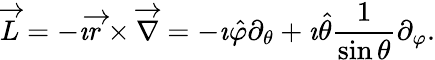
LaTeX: \overrightarrow{L}=-\imath\overrightarrow{r}\times\overrightarrow{\nabla}=-\imath\hat{\varphi}\partial_{\theta}+\imath\hat{\theta}\frac{1}{\sin{\theta}}\partial_{\varphi}.